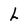
Character: L